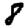
Digit: 8